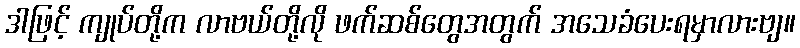
ဒါဖြင့် ကျုပ်တို့က လာဗယ်တို့လို ဖက်ဆစ်တွေအတွက် အသေခံပေးရမှာလားဗျ။